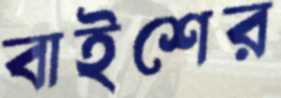
বাইশের